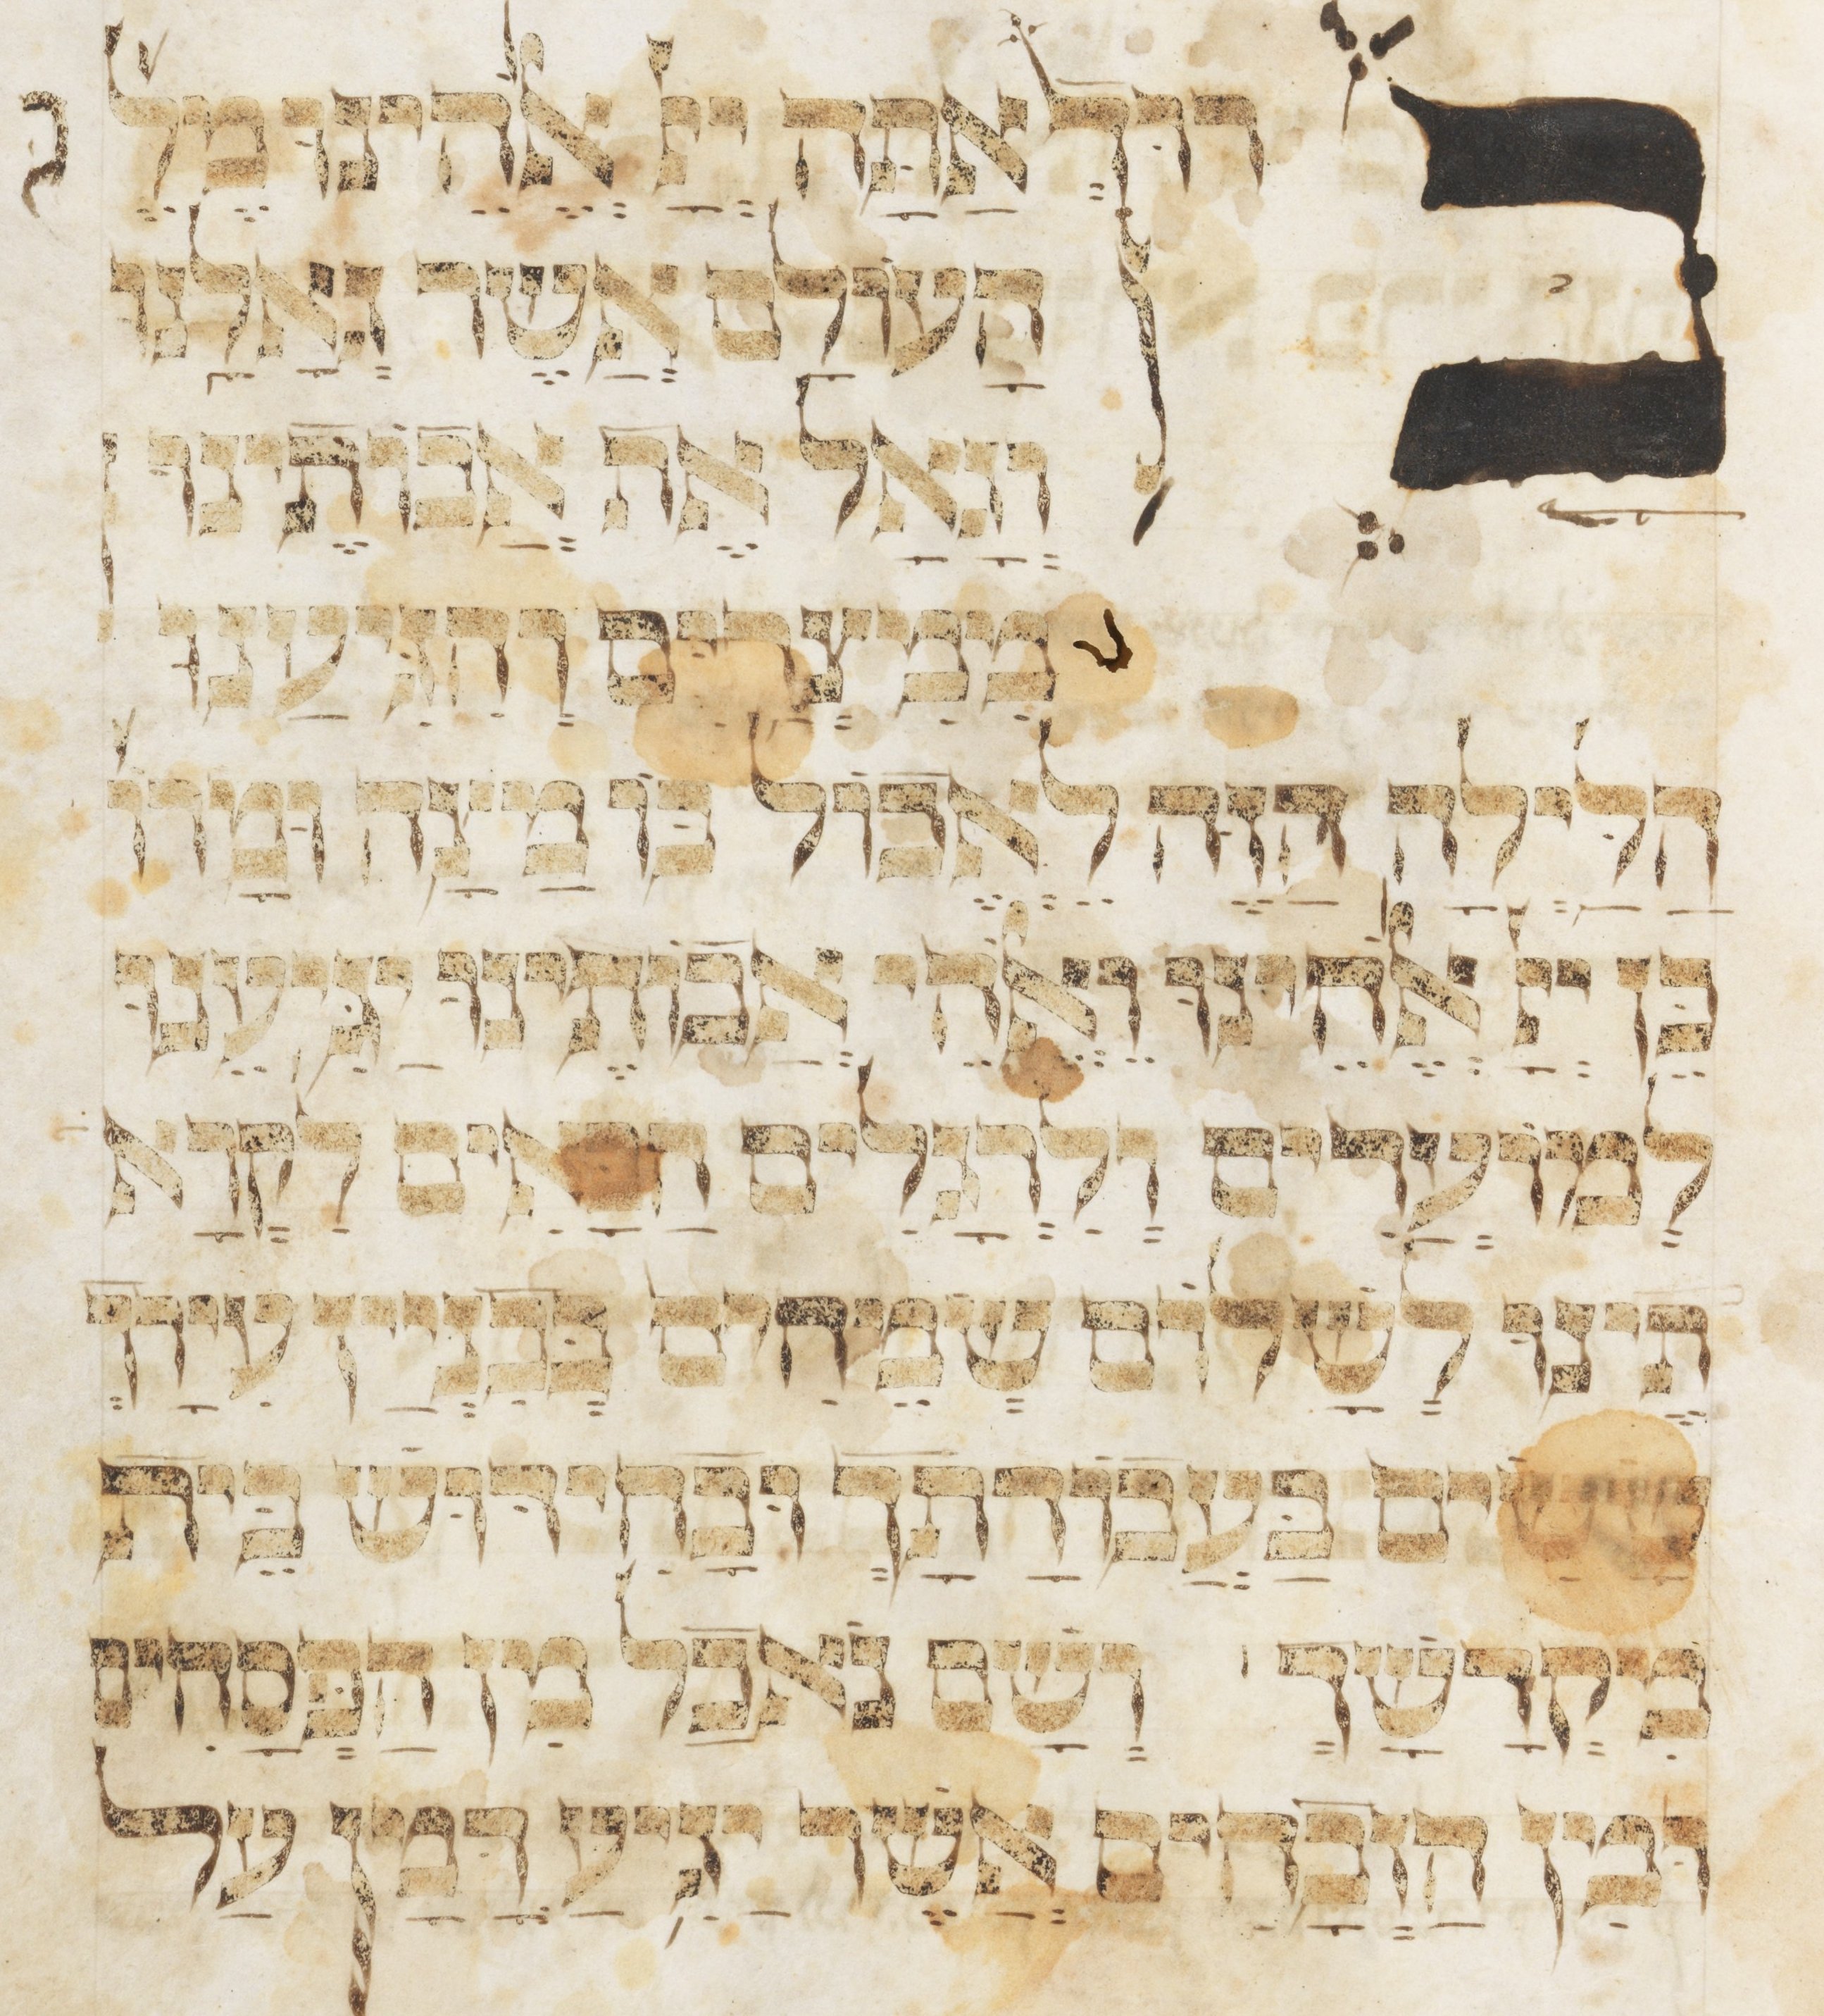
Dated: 1400–1499